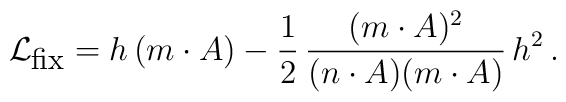
{\cal L}_{\mbox {\small {fix}}} = h\,(m\cdot A)-\frac {1}{2}\,\frac{(m\cdot A)^2}{(n\cdot A)(m\cdot A)}\,h^2\,.